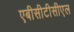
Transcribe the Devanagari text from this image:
एबीसीटीसीएल